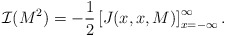
\begin{align*}{\cal I}(M^2) = - \frac{1}{2} \left[ J(x,x,M) \right]_{x= -\infty}^{\infty}. \end{align*}